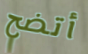
أتضح